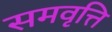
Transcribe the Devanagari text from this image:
समवृत्ति